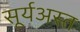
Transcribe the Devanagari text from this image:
सूर्यअस्त